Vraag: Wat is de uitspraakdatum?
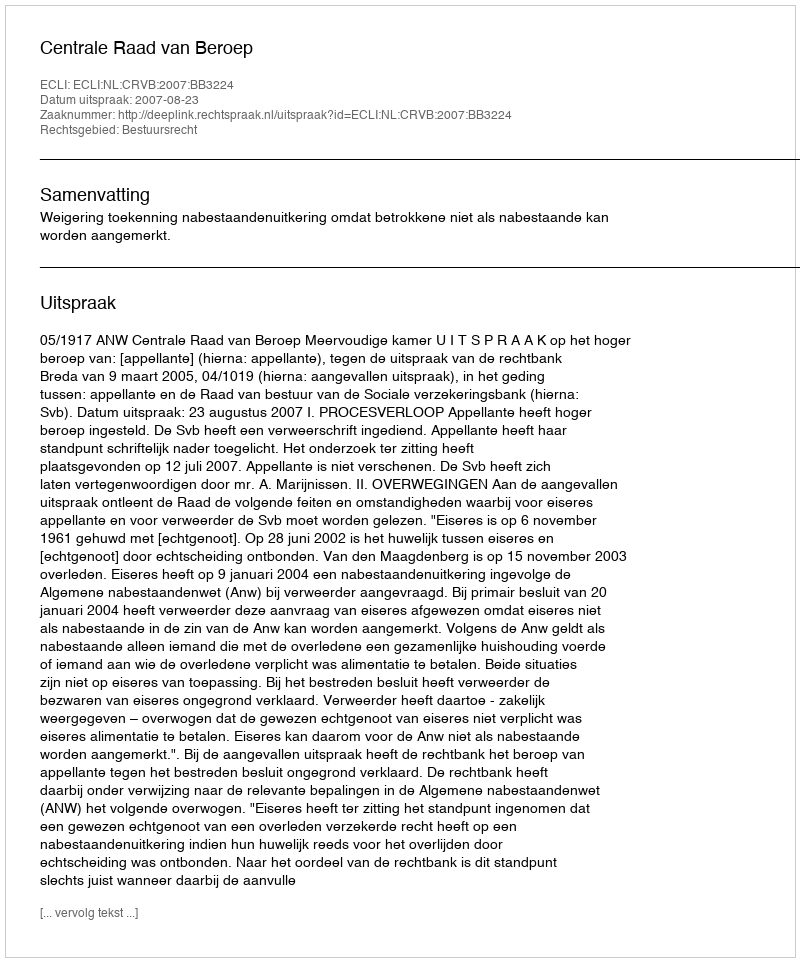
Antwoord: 2007-08-23